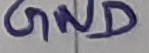
Text: GND